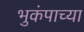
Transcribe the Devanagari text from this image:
भुकंपाच्या